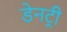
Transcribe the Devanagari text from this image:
डेनट्री